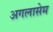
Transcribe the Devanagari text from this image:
अगलासेम